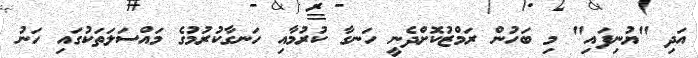
އަދި "ޔުނިފައި" މި ބަހުން ރަމްޒުކޮށްދެނީ ހަނގާ ކުރުމާއި ހަނގާކުރުމުގެ މައްސަލަތަކުގައި ހަނު